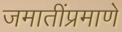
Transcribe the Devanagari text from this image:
जमातींप्रमाणे